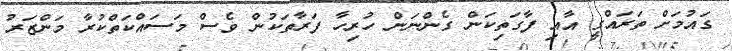
ގައުމަށް ތަރައްގީ އާއި ފާގަތިކަން ގެންނަން ހުރިހާ ފަރާތަކުން ވެސް މަސައްކަތްކުރާ މަންޒަރު